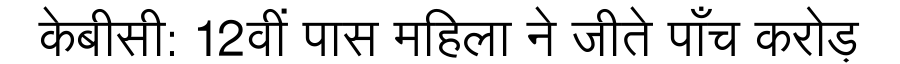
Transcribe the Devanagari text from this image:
केबीसी: 12वीं पास महिला ने जीते पाँच करोड़